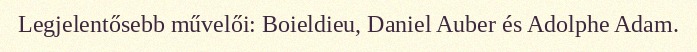
Legjelentősebb művelői: Boieldieu, Daniel Auber és Adolphe Adam.